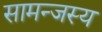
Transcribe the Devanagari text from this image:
सामन्‍जस्‍य